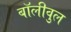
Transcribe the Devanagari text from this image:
बॉलीवुल